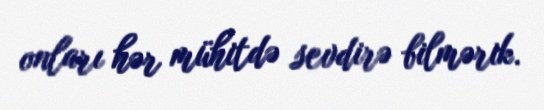
onları hər mühitdə sevdirə bilmərik.